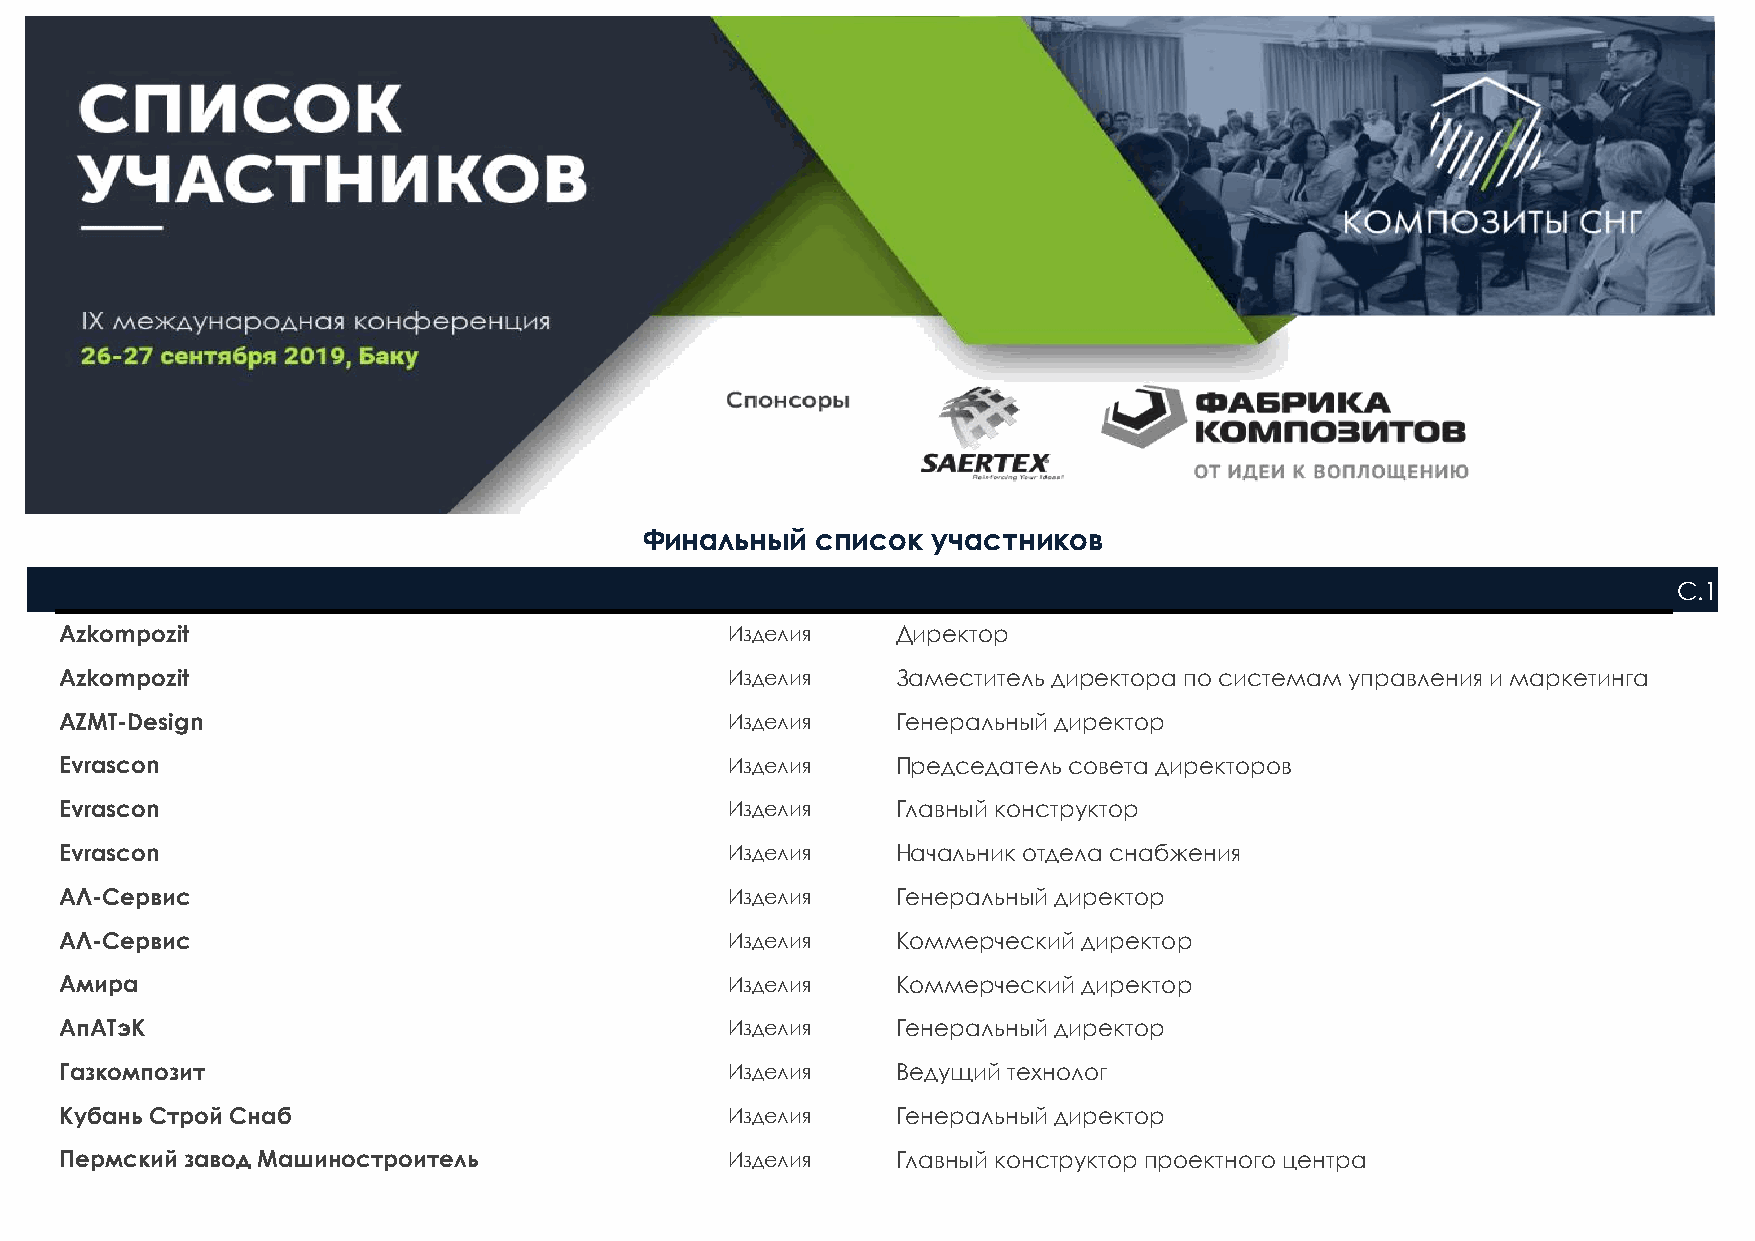
Финальный  список  участников
 С.1
 Azkompozit                                  Изделия    Директор
 Azkompozit                                  Изделия    Заместитель директора по системам управления и маркетинга
 AZMT-Design                                 Изделия    Генеральный директор
 Evrascon                                    Изделия    Председатель совета директоров
 Evrascon                                    Изделия    Главный конструктор
 Evrascon                                    Изделия    Начальник отдела снабжения
 АЛ-Сервис                                   Изделия    Генеральный директор
 АЛ-Сервис                                   Изделия    Коммерческий директор
 Амира                                       Изделия    Коммерческий директор
 АпАТэК                                      Изделия    Генеральный директор
 Газкомпозит                                 Изделия    Ведущий технолог
 Кубань Строй Снаб                           Изделия    Генеральный директор
 Пермский завод Машиностроитель              Изделия    Главный конструктор проектного центра